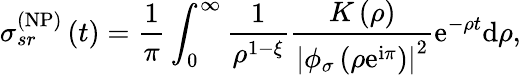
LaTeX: \sigma_{sr}^{\left(\mathrm{NP}\right)}\left(t\right)=\frac{1}{\pi}\int_{0}^{\infty}\frac{1}{\rho^{1-\xi}}\frac{K\left(\rho\right)}{\left\vert\phi_{\sigma}\left(\rho\mathrm{e}^{\mathrm{i}\pi}\right)\right\vert^{2}}\mathrm{e}^{-\rho t}\mathrm{d}\rho,